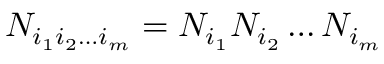
N _ { i _ { 1 } i _ { 2 } \ldots i _ { m } } = N _ { i _ { 1 } } N _ { i _ { 2 } } \ldots N _ { i _ { m } }